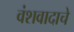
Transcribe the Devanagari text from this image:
वंशवादाचे